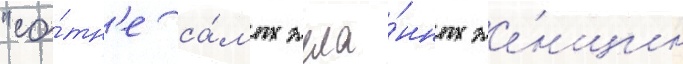
"со́тн'е са́мых жела́нных же́нщин